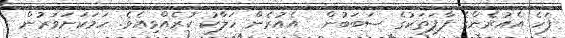
ފަހެ އެއުރެންގެ ފާފަތަކުގެ ސަބަބުން  އެއުރެން ހަލާކު ކުރެއްވިއެވެ. ހަމަކަށަވަރުން